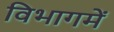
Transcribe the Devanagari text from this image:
विभागमें